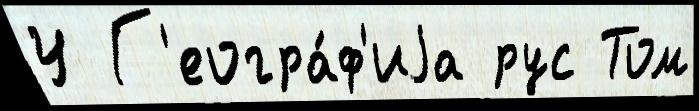
У Г'еогра́ф'иjа рус Том